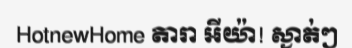
HotnewHome តារា អីយ៉ា! ស្ងាត់ៗ